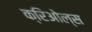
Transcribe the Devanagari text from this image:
क्रिओल्स